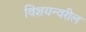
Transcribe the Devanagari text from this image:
विशयन्वरील